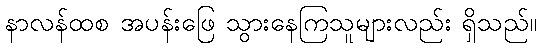
နာလန်ထစ အပန်းဖြေ သွားနေကြသူများလည်း ရှိသည်။